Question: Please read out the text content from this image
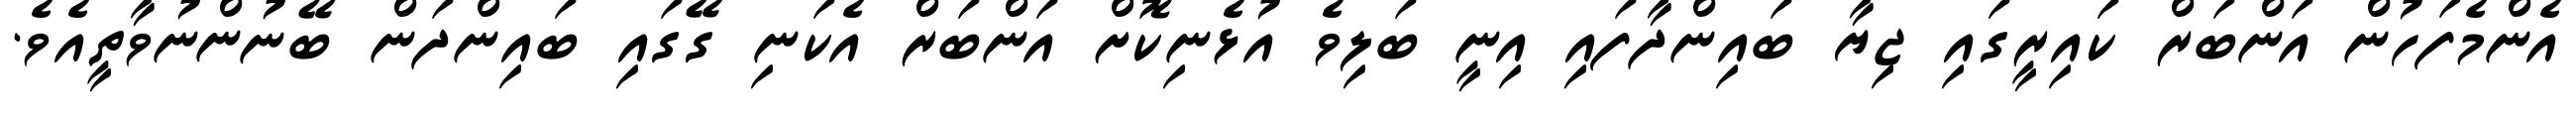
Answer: އެންމެފަހުން އަންބަރް ކައިރީގައި ޖިޔާ ބައިންދާފައި އިނީ ބަލިވެ އުޅެނިކޮށް އަންބަރް އެކަނި ގޭގައި ބައިންދަން ބޭނުންނުވާތީއެވެ.